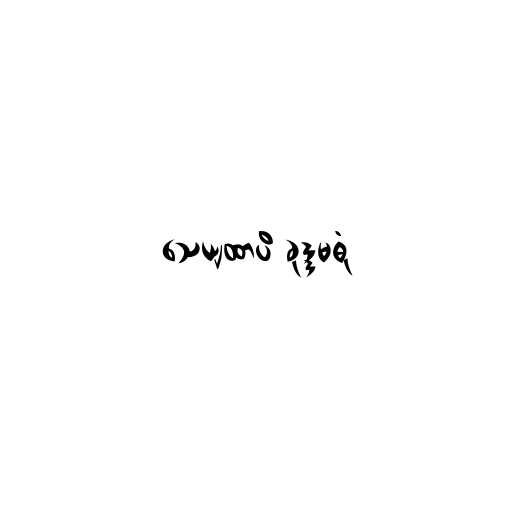
သေယျထာပိ ခုဒ္ဒမဓုံ